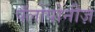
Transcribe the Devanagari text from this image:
पॅलोपोनीज़